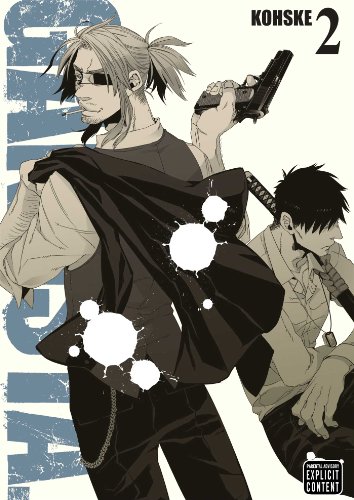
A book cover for Gangsta., Vol. 2; Kohske; Comics & Graphic Novels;